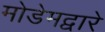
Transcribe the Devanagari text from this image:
मोडेमद्वारे